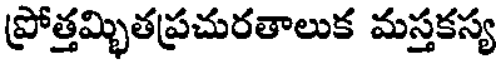
ప్రోత్తమ్భితప్రచురతాలుక మస్తకస్య